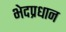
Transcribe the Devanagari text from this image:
भेदप्रधान